Indian journal of veterinary science and animal husbandry - Volume 4,
Year: 1934
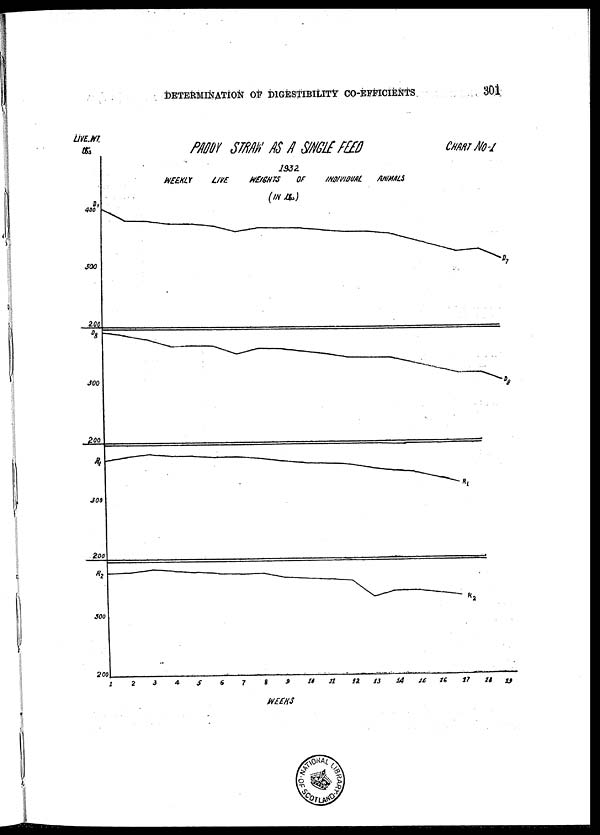
DETERMINATION OF DIGESTIBILITY CO-EFFICIENTS
301